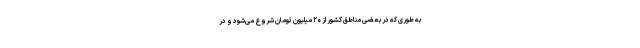
به طوری که در بعضی مناطق کشور از ۲۰ میلیون تومان شروع می‌شود و در